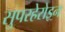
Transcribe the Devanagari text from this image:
सुपरहेरोइन